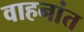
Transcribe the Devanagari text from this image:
वाहनांत